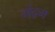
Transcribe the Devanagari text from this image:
मंद्रम